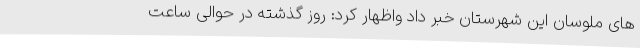
های ملوسان این شهرستان خبر داد واظهار کرد: روز گذشته در حوالی ساعت